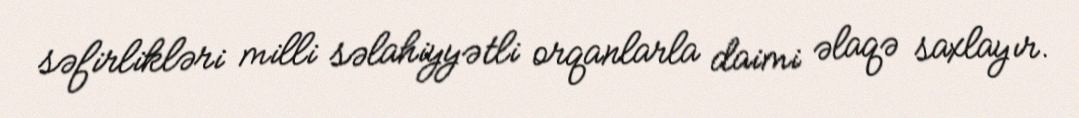
səfirlikləri milli səlahiyyətli orqanlarla daimi əlaqə saxlayır.